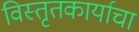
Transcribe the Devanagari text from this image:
विस्तृतकार्याचा